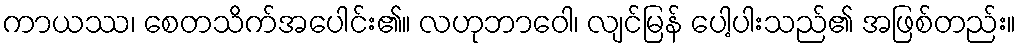
ကာယဿ၊ စေတသိက်အပေါင်း၏။ လဟုဘာဝေါ၊ လျင်မြန် ပေါ့ပါးသည်၏ အဖြစ်တည်း။